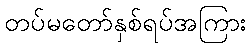
တပ်မတော်နှစ်ရပ်အကြား